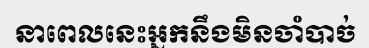
នាពេលនេះអ្នកនឹងមិនចាំបាច់